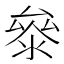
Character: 𭆤